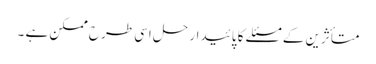
متأثرین کے مسئلے کا پائیدار حل اسی طرح ممکن ہے ۔